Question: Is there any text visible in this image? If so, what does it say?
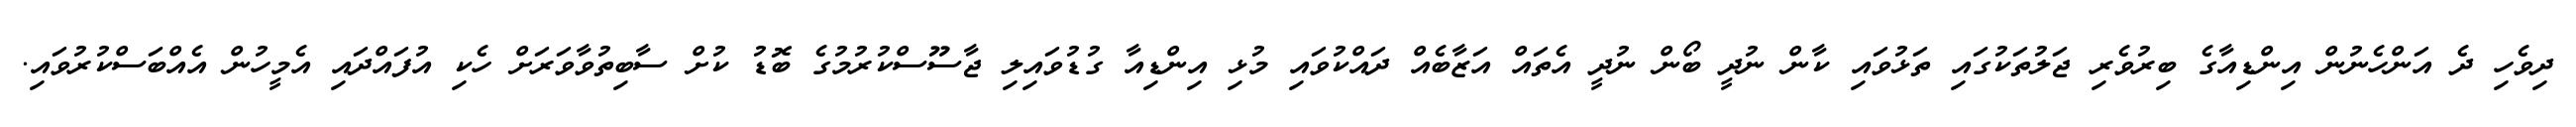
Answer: ދިވެހި ދެ އަންހެނުން އިންޑިއާގެ ބިރުވެރި ޖަލުތަކުގައި ތަޅުވައި ކާން ނުދީ ބޯން ނުދީ އެތައް އަޒާބެއް ދައްކުވައި މުޅި އިންޑިއާ ގުޑުވައިލި ޖާސޫސްކުރުމުގެ ބޮޑު ކުށް ސާބިތުވާވަރަށް ހެކި އުފައްދައި އެމީހުން އެއްބަސްކުރުވައި.